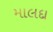
માલદા